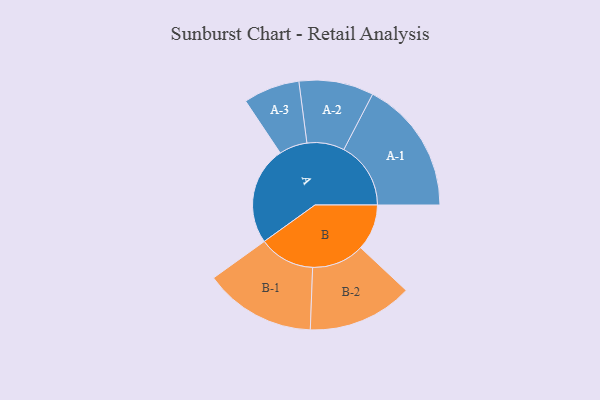
{"axis": {"x": "Segment", "y": "Value"}, "legend": ["", "A", "B"], "data": [{"x": "A", "y": 416, "type": ""}, {"x": "B", "y": 195, "type": ""}, {"x": "A-1", "y": 283, "type": "A"}, {"x": "A-2", "y": 158, "type": "A"}, {"x": "A-3", "y": 119, "type": "A"}, {"x": "B-1", "y": 236, "type": "B"}, {"x": "B-2", "y": 222, "type": "B"}]}